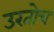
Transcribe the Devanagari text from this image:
उरतोच